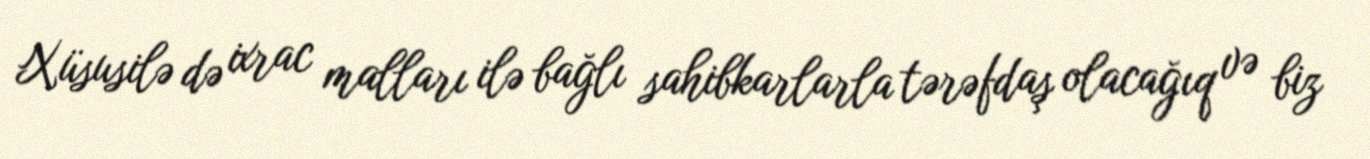
Xüsusilə də ixrac malları ilə bağlı sahibkarlarla tərəfdaş olacağıq və biz